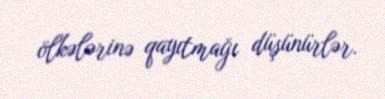
ölkələrinə qayıtmağı düşünürlər.